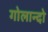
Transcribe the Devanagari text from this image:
गोलान्दो